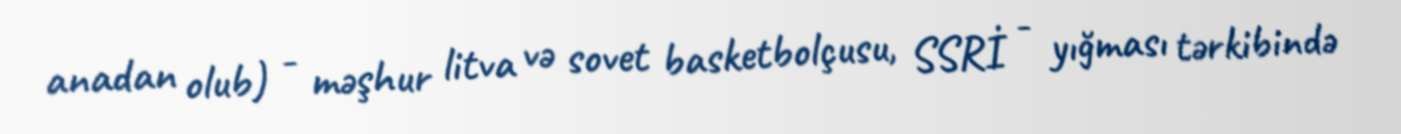
anadan olub) - məşhur litva və sovet basketbolçusu, SSRİ - yığması tərkibində